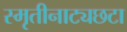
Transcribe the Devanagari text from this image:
स्मृतीनाट्यछटा